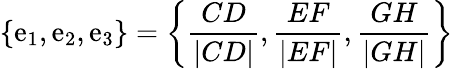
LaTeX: \{ \mathrm{e}_{1},\mathrm{e}_{2},\mathrm{e}_{3}\} =\left\{ \frac{{CD}}{{|CD|}},\frac{{EF}}{{|EF|}},\frac{{GH}}{{|GH|}}\right\}